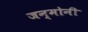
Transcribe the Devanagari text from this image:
जन्मोनी